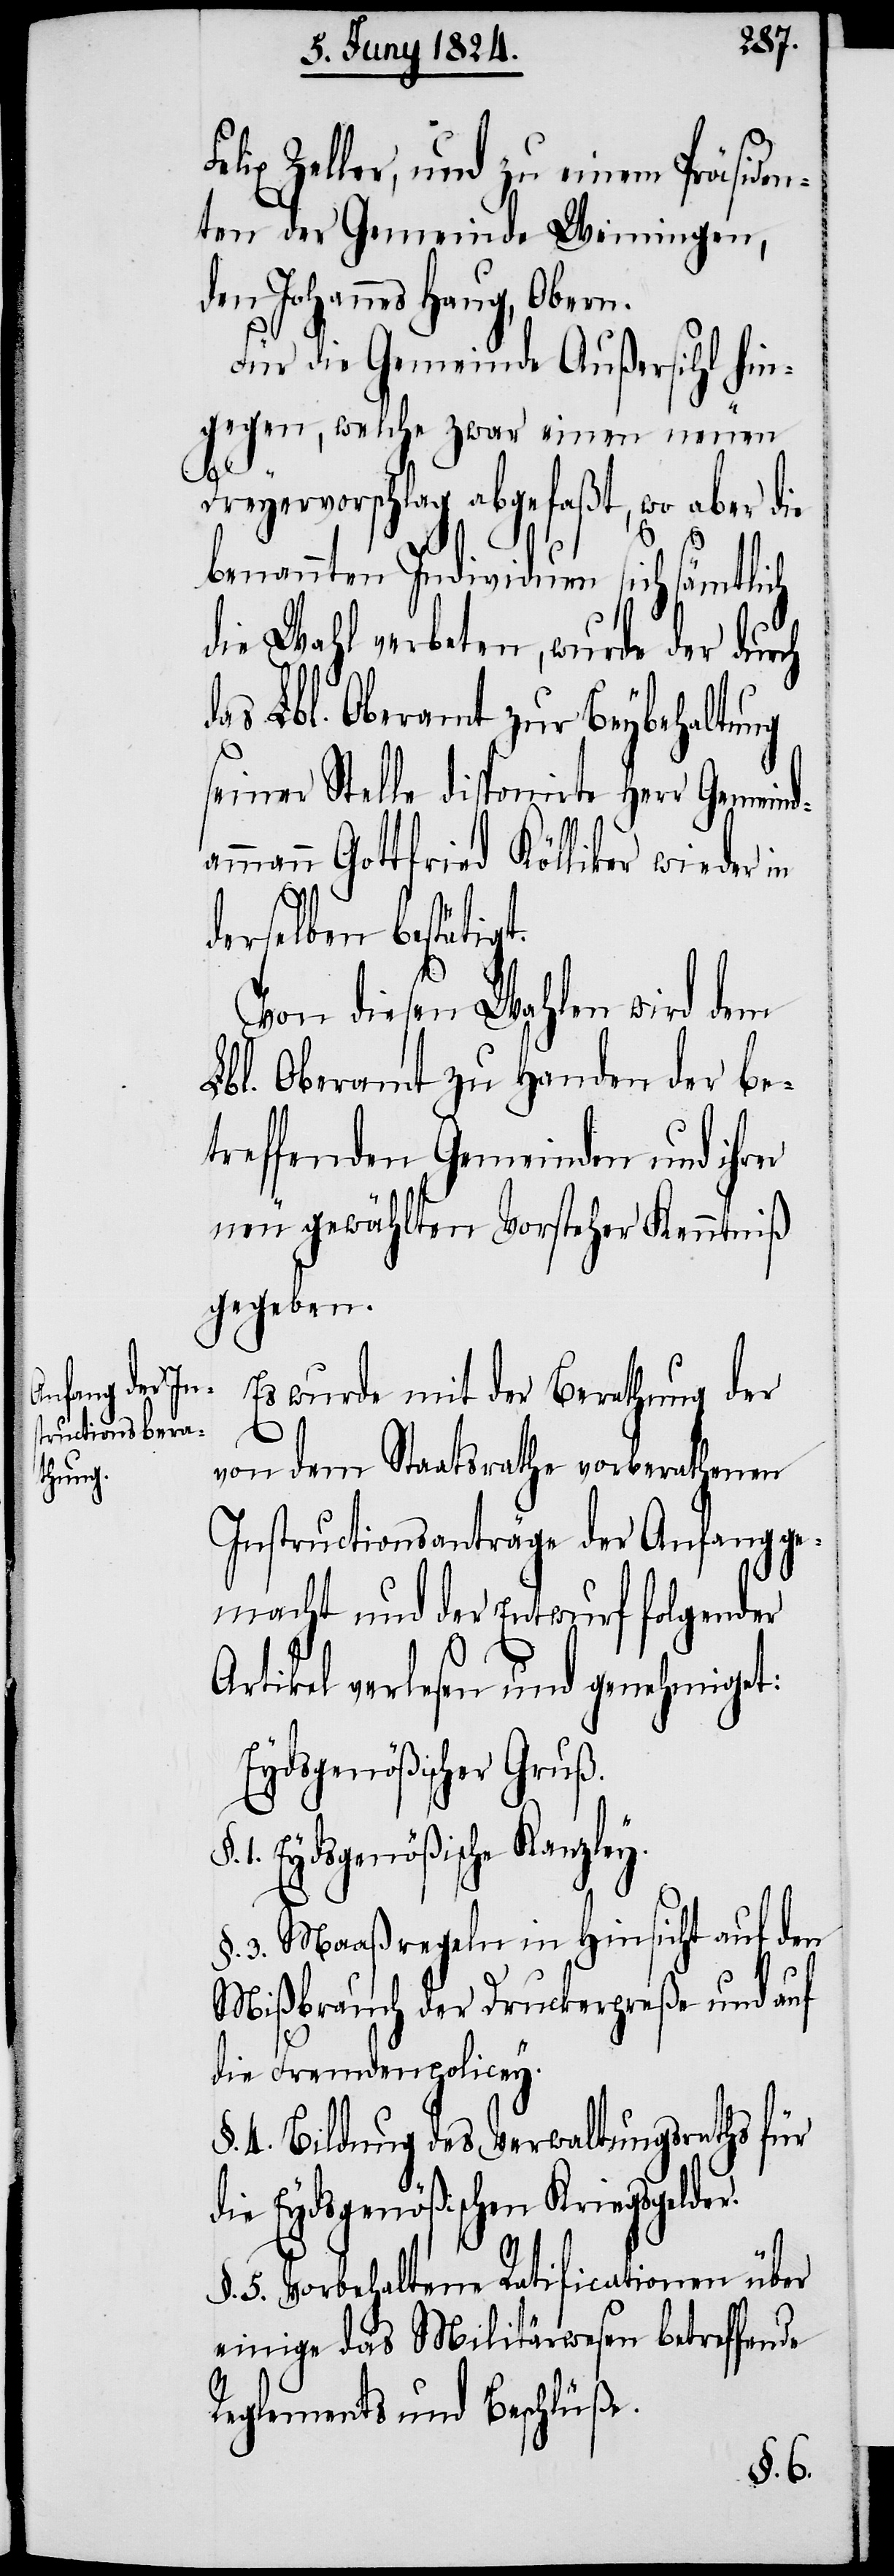
de¬

Felix Zeller, und zu einem Präsiden¬
ten der Gemeinde Weiningen,
n Johannes Hang, Obern.
Für die Gemeinde Außersihl hin¬
gegen, welche zwar einen neuen
Dreyervorschlag abgefaßt, wo aber die
benannten Individuen sich sämtlich
die Wahl verbeten, wurde der durch
das Lbl. Oberamt zur Beybehaltung
seiner Stelle disponirte Herr Gemeind¬
ammann Gottfried Kölliker wieder in
derselben bestätigt.
Von diesen Wahlen wird dem
Lbl. Oberamt zu Handen der be¬
treffenden Gemeinden und ihrer
neu gewählten Vorsteher Kenntniß
gegeben.
Es wurde mit der Berathung der
von dem Staatsrathe vorberathenen
Instructionsanträge der Anfang ge¬
macht und der Entwurf folgender
Artikel verlesen und genehmiget:
Eydsgenößischer Gruß.
1. Eydsgenößische Kanzley.
§. 3. Maaßregeln in Hinsicht auf den
Mißbrauch der Druckerpreße und auf
die Fremdenpolicey.
§. 4. Bildung des Verwaltungsraths für
die Eydsgenößischen Kriegsgelder.
§. 5. Vorbehaltene Ratificationen über
einige das Militärwesen betreffende
Reglemets und Beschlüße.